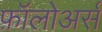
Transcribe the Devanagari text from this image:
फ़ॉलोअर्स